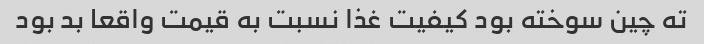
ته چین سوخته بود کیفیت غذا نسبت به قیمت واقعا بد بود